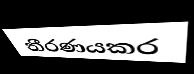
තීරණයකර